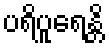
ပရိပူရေန္တိ